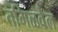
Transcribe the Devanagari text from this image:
तमिळवेल